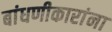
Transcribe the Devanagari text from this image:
बांधणीकारांना